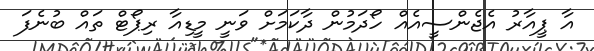
އާ ޕީއާރު އެޖެންސީއެއް ހޯދަމުން ދާކަމަށް ވަނީ މީޑިއާ ރިޕޯޓް ތައް ބުނެފަ